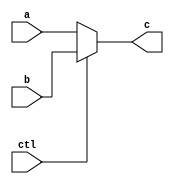
/**
 * @Author: German Cano Quiveu <germancq>
 * @Date:   2019-03-01T13:26:53+01:00
 * @Email:  germancq@dte.us.es
 * @Filename: genericMux.v
 * @Last modified by:   germancq
 * @Last modified time: 2019-03-01T13:27:02+01:00
 */

 module generic_mux #(parameter DATA_WIDTH=32)
 (
 	input [DATA_WIDTH-1:0] a,
 	input [DATA_WIDTH-1:0] b,
 	output reg [DATA_WIDTH-1:0] c,
 	input ctl);

 always @(*)
 begin
 	if (ctl)
 		c = b;
 	else
 		c = a;
 end

 //assign c = ctl ? a : b; only wires can be assigned in that way

 endmodule